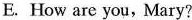
E.How are you, Mary?